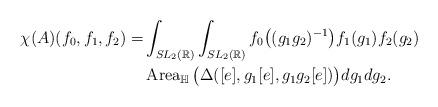
LaTeX: \begin{align*}\chi(A)(f_0, f_1, f_2)=&\int_{SL_2(\mathbb{R})}\int_{SL_2(\mathbb{R})} f_0\big((g_1g_2)^{-1}\big) f_1(g_1) f_2(g_2)\\ &\operatorname{Area}_{\mathbb{H}}\big( \Delta([e], g_1[e], g_1g_2[e])\big)dg_1 dg_2.\end{align*}